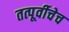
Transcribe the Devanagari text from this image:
तत्पूर्वीचेच